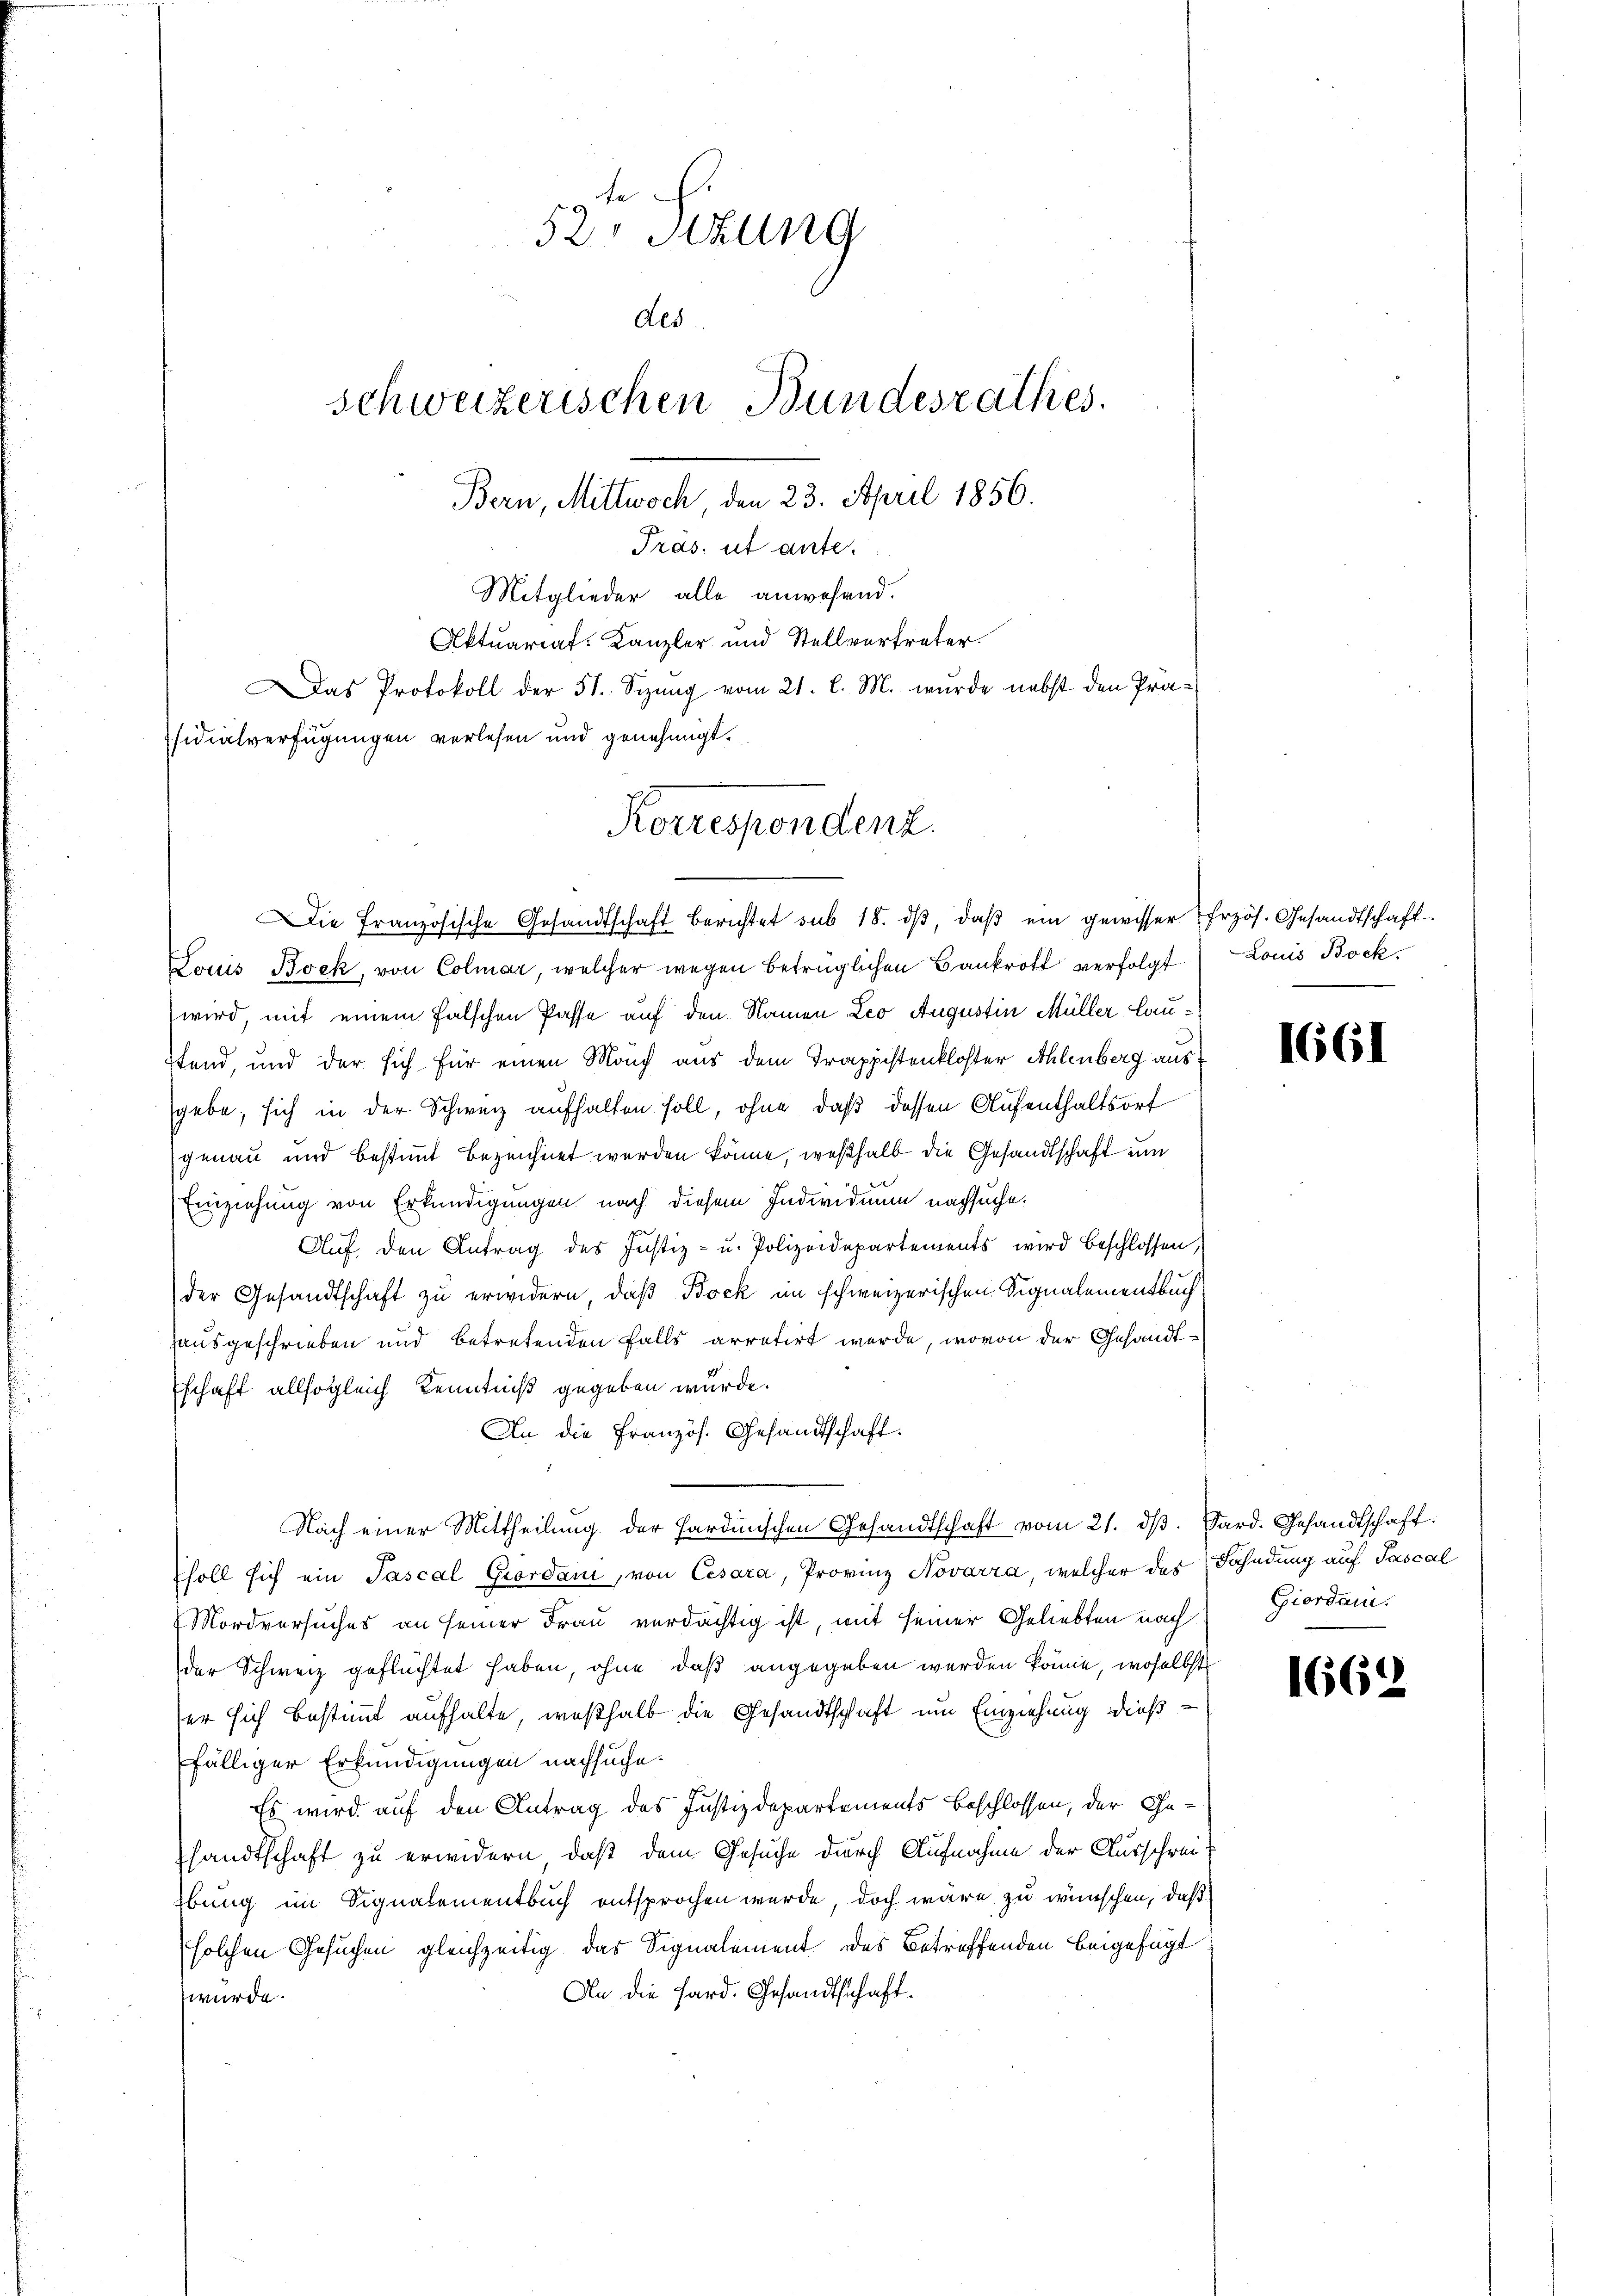
te
52 Stzung
des.
schweizerischen Bundesrathes.
Bern, Mittwoch, den 23. April 1856.
Präs. ut ante.
Mitglieder alle anwesend.
Aktuariat-Kanzler und Stellvertreter.
Das Protokoll der 51. Sizung vom 21. l. M. wurde nebst den Präsidialverfügungen verlesen und genehmigt.

Korrespondenz.

Die französische Gesandtschaft berichtet sub 18. dβ, daβ ein gewisser Erzös. Gesandtschaft.
Louis Bock, von Colmar, welcher wegen betrüglichen Bankrott verfolgt
wird, mit einem falschen Pässe auf den Namen Leo Augustin Müller Laustand, und der sich für einen Manch aus dem Trappistenkloster Ahlenberg ausgebe, sich in der Schweiz aufhalten soll, ohne, daß dessen Aufenthaltsort
genau und bestimmt bezeichnet werden könne, weßhalb die Gesandtschaft um
Einziehung von Erkundigungen nach diesem Individuum nachsuche.
Auf den Antrag des Justiz- u. Polizeidepartements wird beschlossen,
der Gesandtschaft zu erwidern, daß Bock im schweizerischen Signalementbuch
Hausgeschrieben und betretenden Falls arretirt werde, wovon der Gesandtschaft allsogleich Kenntniß gegeben würde.
An die Französ. Gesandtschaft.
Nach einer Mittheilung der Hardinischen Gesandtschaft vom 21. dβ. Pard. Gesandtschaft.
soll sich ein Pascal Giordani, von Cesara, Provinz Novarra, welcher des Fahndung auf Pascal
Mordversuches an seiner Frau verdächtig ist, mit seiner Geliebten nach
der Schweiz geflüchtet haben, ohne daß angegeben werden könne, woselbst
ser sich bestimmt aufhalte, weßhalb die Gesandtschaft um Einziehung dießfälliger Erkundigungen nachsuche.
Es wird auf den Antrag des Justizdepartements beschlossen, der Gesandtschaft zu erwidern, daß dem Gesuche durch Aufnahme der Ausschreit
bung im Signalementbuch entsprochen wurde, doch wäre zu wünschen, daß
solchen Gesuchen gleichzeitig das Signalement des Betreffenden beigefügt
An die Hard. Gesandtschaft.
wurde.

Louis Bock.

1661

Giordani.

1662